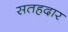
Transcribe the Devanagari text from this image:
सतहदार